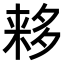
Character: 𬻮